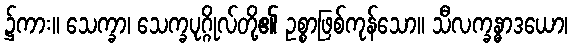
၌ကား။ သေက္ခာ၊ သေက္ခပုဂ္ဂိုလ်တို့၏ ဥစ္စာဖြစ်ကုန်သော။ သီလက္ခန္ဓာဒယော၊